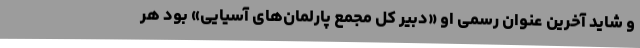
و شاید آخرین عنوان رسمی او «دبیر کل مجمع پارلمان‌های آسیایی» بود هر